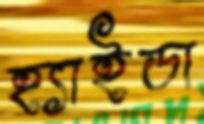
হ্যাইডা